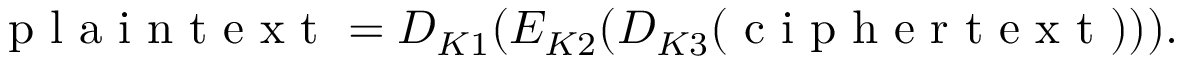
{ \textrm { p l a i n t e x t } } = D _ { K 1 } ( E _ { K 2 } ( D _ { K 3 } ( { \textrm { c i p h e r t e x t } } ) ) ) .